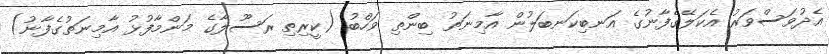
އެދުވަސްވަރު އެކަލޭގެފާނުގެ އަނބިކަނބަލުން އާމިނަތު ބިންތި ވަހްބު (ކީރިތި ރަސޫލާގެ މަންމާފުޅު އާމިނަތުގެފާނު)